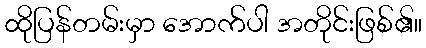
ထိုပြန်တမ်းမှာ အောက်ပါ အတိုင်းဖြစ်၏။